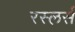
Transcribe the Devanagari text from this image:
रस्लर्स